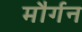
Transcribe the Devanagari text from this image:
मौर्गन